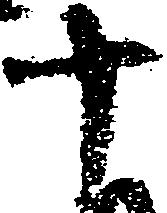
十